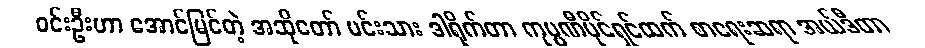
ဝင်းဦးဟာ အောင်မြင်တဲ့ အဆိုတော် မင်းသား ဒါရိုက်တာ ကုမ္ပဏီပိုင်ရှင်ထက် စာရေးဆရာ အယ်ဒီတာ